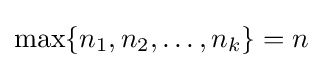
\max\{n_{1},n_{2},\ldots ,n_{k}\}=n